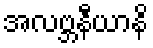
အလဗ္ဘနီယာနိ